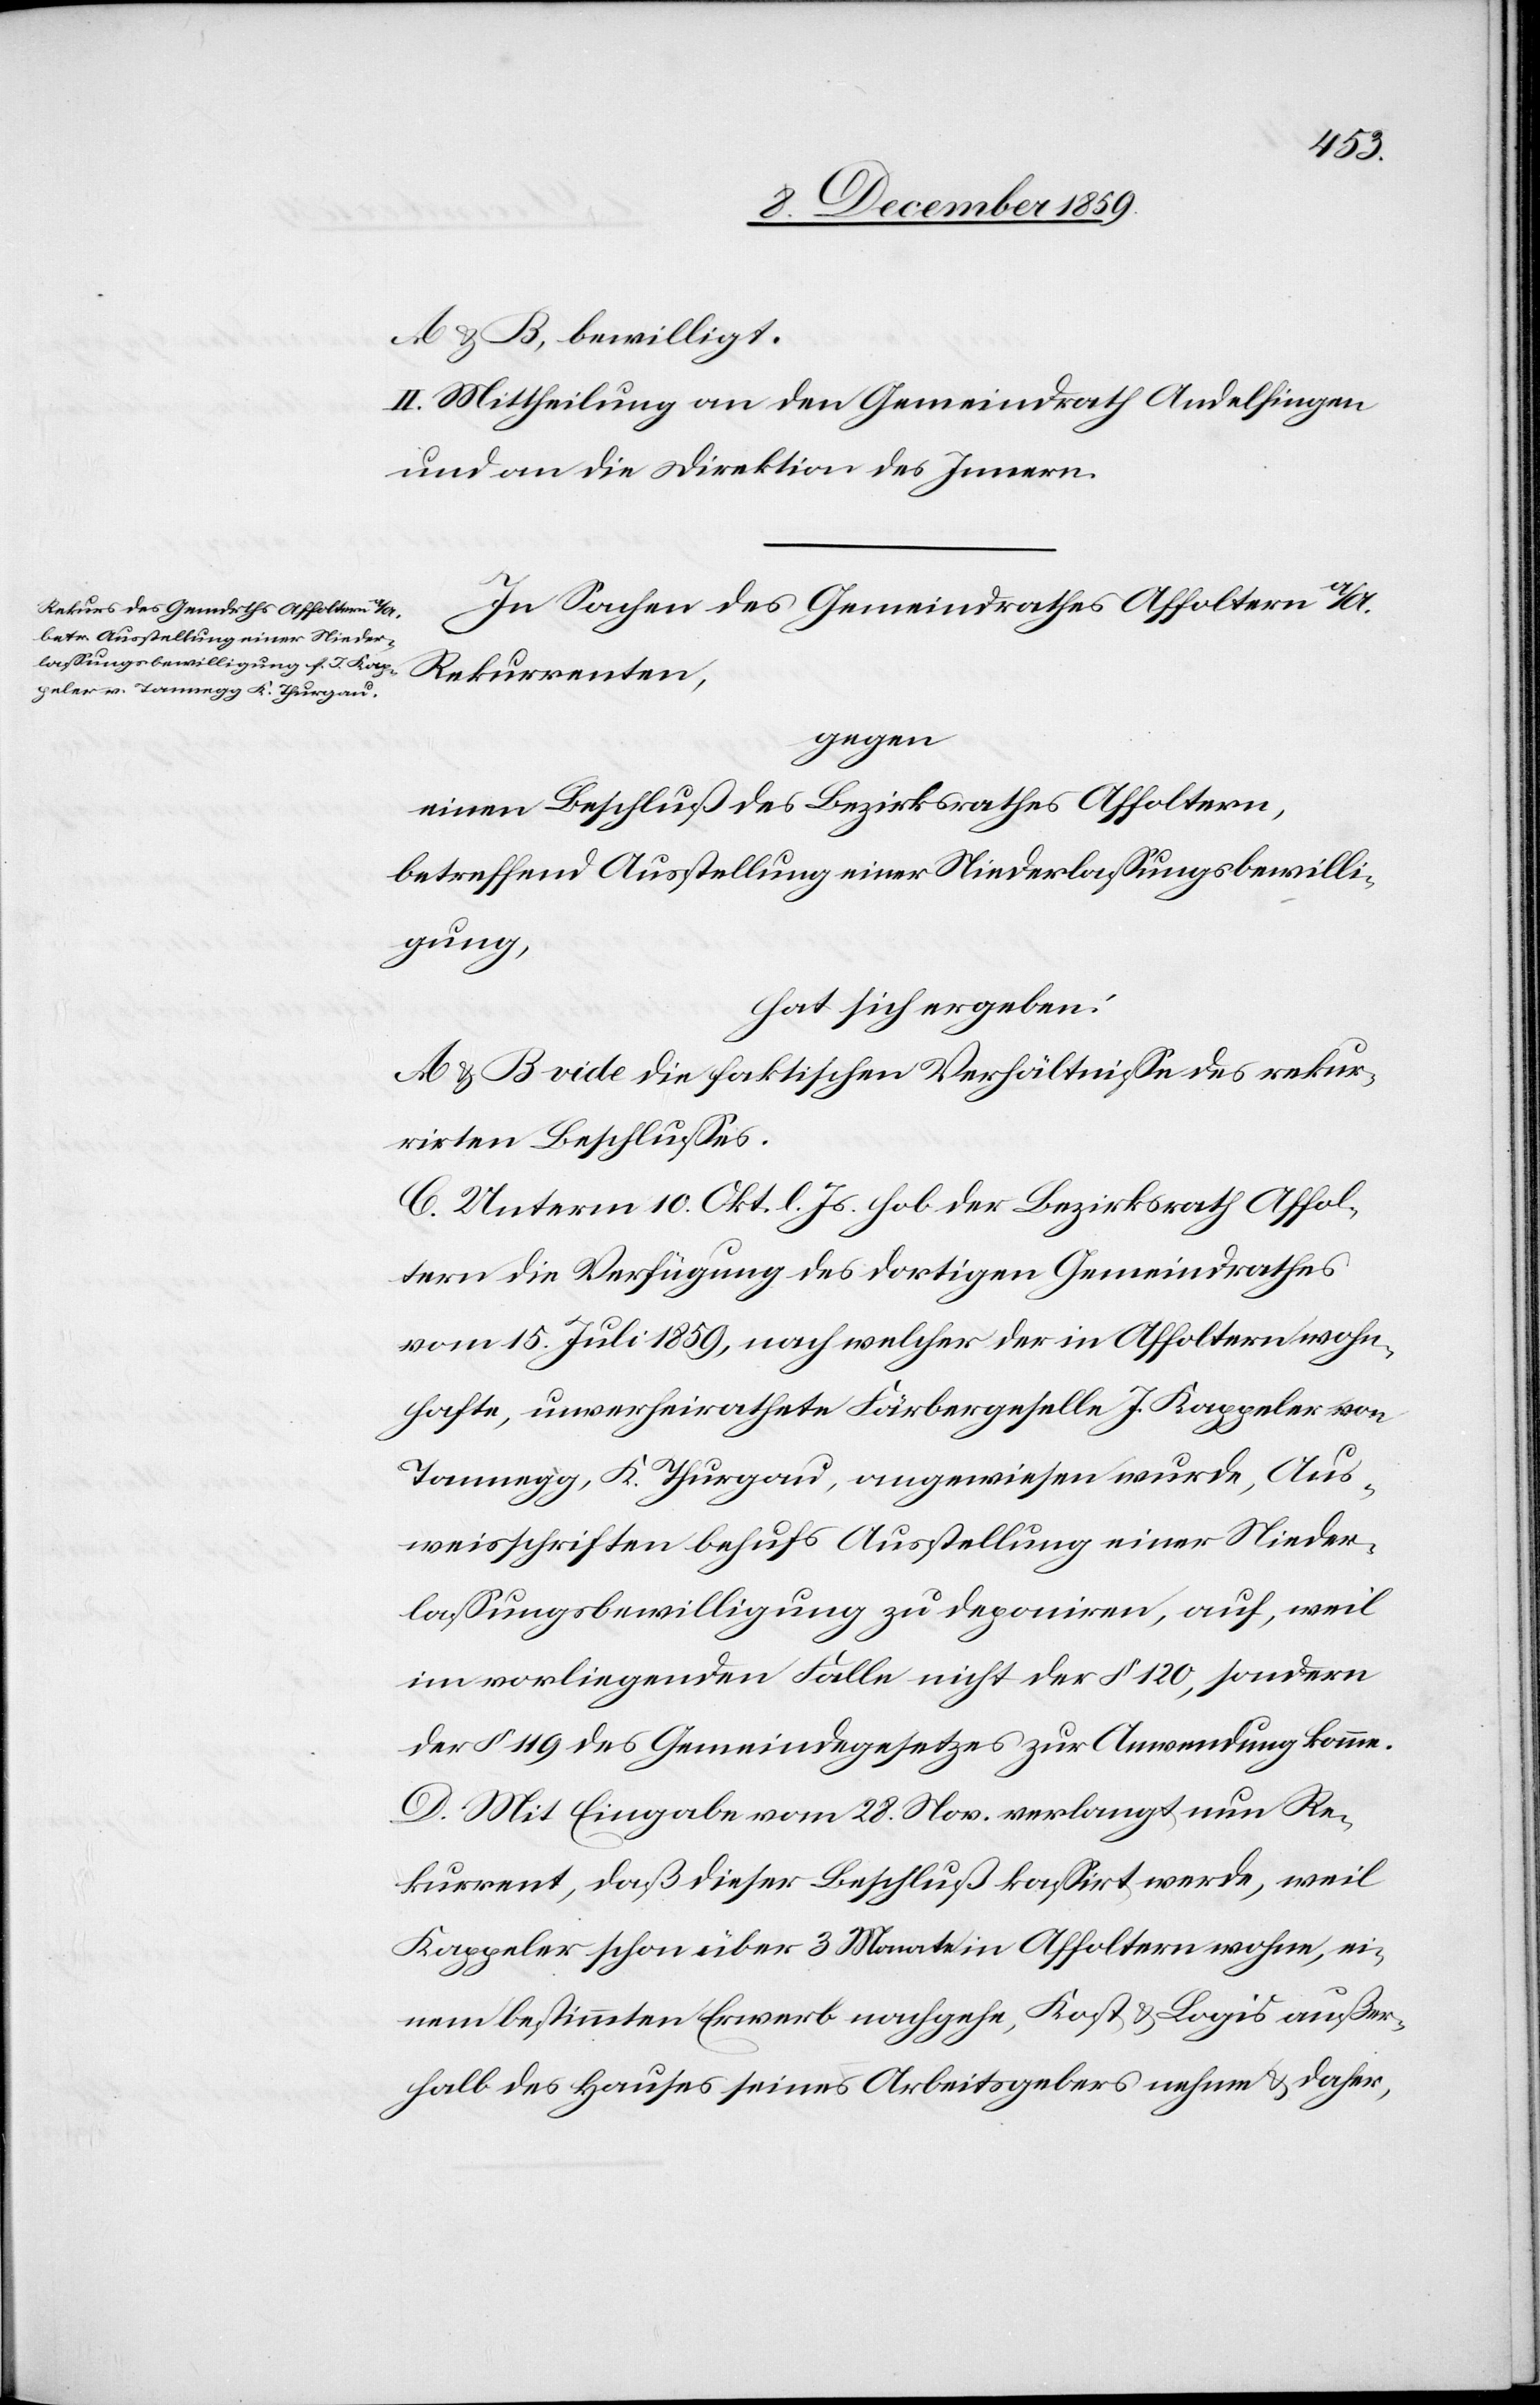
A & B, bewilligt.
II. Mittheilung an den Gemeindrath Andelfingen
und an die Direktion des Innern.
In Sachen des Gemeinderathes Affoltern a/A.
Rekurrenten,
gegen
einen Beschluß des Bezirksrathes Affoltern,
betreffend Ausstellung einer Niederlassungsbewilli¬
gung,
hat sich ergeben:
A & B vide die faktischen Verhältnisse des rekur¬
rirten Beschlusses.
C. Unterm 10. Okt. l. Js. hob der Bezirksrath Affol¬
tern die Verfügung des dortigen Gemeindrathes
vom 15. Juli 1859, nach welcher der in Affoltern wohn¬
hafte, unverheiratete Färbergeselle J. Kappeler von
Tannegg, K. Thurgau, angewiesen wurde, Aus¬
weisschriften behufs Ausstellung einer Nieder¬
lassungsbewilligung zu deponiren, auf, weil
im vorliegenden Falle nicht der § 120, sondern
der § 119 des Gemeindegesetzes zur Anwendung komme.
D. Mit Eingabe vom 28. Nov. verlangt nun Re¬
kurrent, daß dieser Beschluß kassirt werde, weil
Kappeler schon über 3 Monate in Affoltern wohne, ei¬
nem bestimmten Erwerb nachgehe, Kost & Logis außer¬
halb des Hauses seines Arbeitgebers nehme & daher,